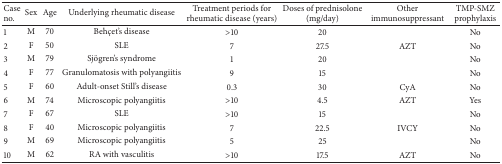
| Case no. | Sex | Age | Underlying rheumatic disease | Treatment periods for rheumatic disease (years) | Doses of prednisolone (mg/day) | Other immunosuppressant | TMP-SMZ prophylaxis |
 | --- | --- | --- | --- | --- | --- | --- | --- |
 | 1 | M | 70 | Behçet's disease | >10 | 20 |  | No |
 | 2 | F | 50 | SLE | 7 | 27.5 | AZT | No |
 | 3 | M | 79 | Sjögren's syndrome | 1 | 20 |  | No |
 | 4 | F | 77 | Granulomatosis with polyangiitis | 9 | 15 |  | No |
 | 5 | F | 60 | Adult-onset Still's disease | 0.3 | 30 | CyA | No |
 | 6 | M | 74 | Microscopic polyangiitis | >10 | 4.5 | AZT | Yes |
 | 7 | F | 67 | SLE | >10 | 15 |  | No |
 | 8 | F | 40 | Microscopic polyangiitis | 7 | 22.5 | IVCY | No |
 | 9 | M | 69 | Microscopic polyangiitis | 5 | 25 |  | No |
 | 10 | M | 62 | RA with vasculitis | >10 | 17.5 | AZT | No |